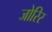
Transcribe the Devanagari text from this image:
जोरिर